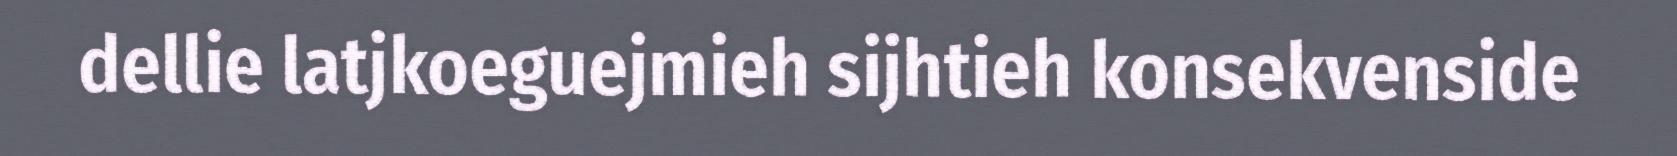
dellie latjkoeguejmieh sijhtieh konsekvenside